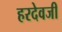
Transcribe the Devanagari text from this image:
हरदेवजी